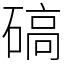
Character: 碻